Report of the King Institute of Preventive Medicine, Guindy
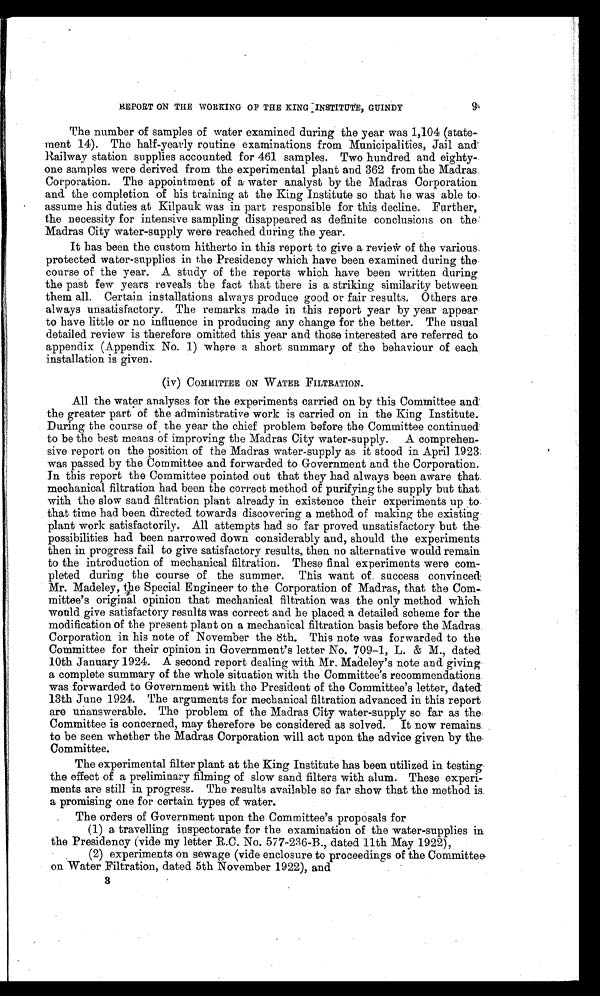
REPORT ON THE WORKING OF THE KING INSTITUTE, GUINDY
The number of samples of water examined during the year was 1,104 (state
-
ment 14). The half-yearly routine examinations from Municipalities, Jail and
Railway station supplies accounted for 461 samples. Two hundred and eighty
-
one samples were derived from the experimental plant and 362 from the Madras
Corporation. The appointment of a water analyst by the Madras Corporation
and the completion of his training at the King Institute so that he was able to
assume his duties at Kilpauk was in part responsible for this decline. Further,
the necessity for intensive sampling disappeared as definite conclusions on the
Madras City water-supply were reached during the year.
It has been the custom hitherto in this report to give a review of the various
protected water-supplies in the Presidency which have been examined during the
course of the year. A study of the reports which have been written during
the past few years reveals the fact that there is a striking similarity between
them all. Certain installations always produce good or fair results. Others are
always unsatisfactory. The remarks made in this report year by year appear
to have little or no influence in producing any change for the better. The usual
detailed review is therefore omitted this year and those interested are referred to
appendix (Appendix No. 1) where a short summary of the behaviour of each
installation is given.
(iv) COMMITTEE ON WATER FILTRATION.
All the water analyses for the experiments carried on by this Committee and
the greater part of the administrative work is carried on in the King Institute.
During the course of the year the chief problem before the Committee continued
to be the best means of improving the Madras City water-supply. A comprehen-
sive report on the position of the Madras water-supply as it stood in April 1923
was passed by the Committee and forwarded to Government and the Corporation.
In this report the Committee pointed out that they had always been aware that
mechanical filtration had been the correct method of purifying the supply but that
with the slow sand filtration plant already in existence their experiments up to
that time had been directed towards discovering a method of making the existing
plant work satisfactorily. All attempts had so far proved unsatisfactory but the
possibilities had been narrowed down considerably and, should the experiments
then in progress fail to give satisfactory results, then no alternative would remain
to the introduction of mechanical filtration. These final experiments were com
-
pleted during the course of the summer. This want of success convinced
Mr. Madeley, the Special Engineer to the Corporation of Madras, that the Com
-
mittee's original opinion that mechanical filtration was the only method which
would give satisfactory results was correct and he placed a detailed scheme for the
modification of the present plant on a mechanical filtration basis before the Madras
Corporation in his note of November the 8th. This note was forwarded to the
Committee for their opinion in Government's letter No. 709-1, L. & M., dated
10th January 1924. A second report dealing with Mr. Madeley's note and giving
a complete summary of the whole situation with the Committee's recommendations
was forwarded to Government with the President of the Committee's letter, dated
13th June 1924. The arguments for mechanical filtration advanced in this report
are unanswerable. The problem of the Madras City water-supply so far as the
Committee is concerned, may therefore be considered as solved. It now remains
to be seen whether the Madras Corporation will act upon the advice given by the
Committee.
The experimental filter plant at the King Institute has been utilized in testing
the effect of a preliminary filming of slow sand filters with alum. These experi
-
ments are still in progress. The results available so far show that the method is
a promising one for certain types of water.
The orders of Government upon the Committee's proposals for
(1) a travelling inspectorate for the examination of the water-supplies in
the Presidency (vide my letter R.C. No. 577-236-B., dated 11th May 1922),
(2) experiments on sewage (vide enclosure to proceedings of the Committee
on Water Filtration, dated 5th November 1922), and
3